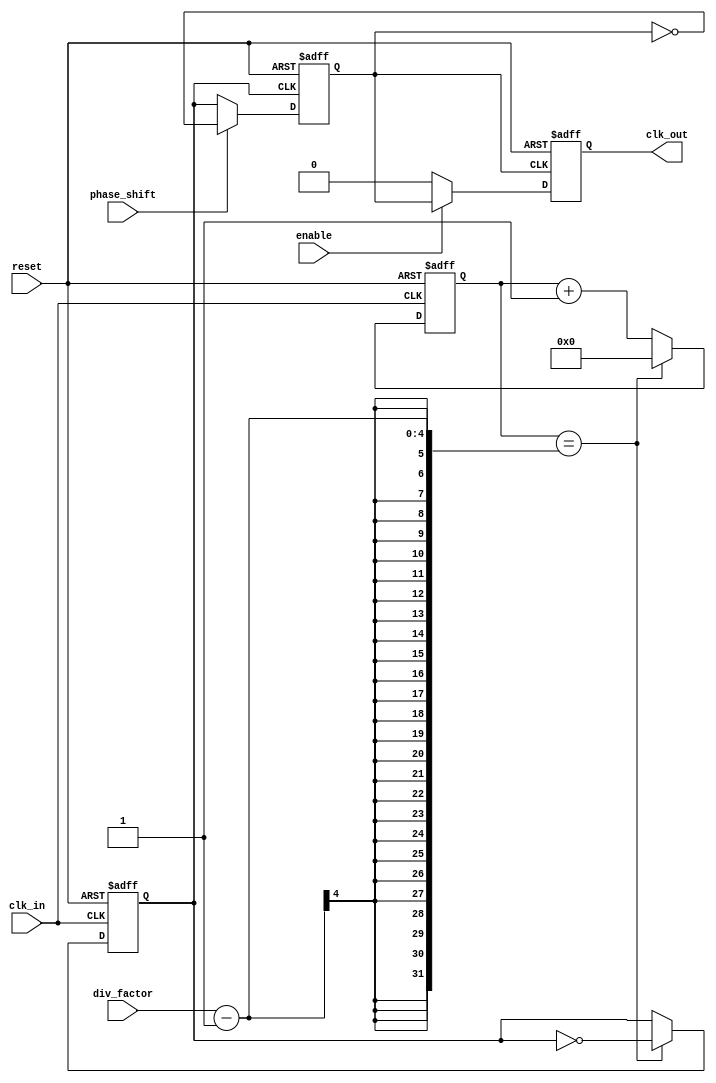
module ProgrammableClockBuffer (
    input wire clk_in,               // Input clock
    input wire reset,                // Asynchronous reset
    input wire [3:0] div_factor,     // Division factor (1 to 15)
    input wire phase_shift,          // Phase shift control (0 or 1)
    input wire enable,               // Enable control for the output
    output reg clk_out               // Output clock
);

    // Internal signals
    reg [3:0] counter;               // Counter for clock division
    reg clk_div;                     // Divided clock signal
    reg clk_phase;                   // Phase adjusted clock signal

    // Clock Division Logic
    always @(posedge clk_in or posedge reset) begin
        if (reset) begin
            counter <= 0;
            clk_div <= 0;
        end else begin
            if (counter == (div_factor - 1)) begin
                clk_div <= ~clk_div; // Toggle divided clock
                counter <= 0;        // Reset counter
            end else begin
                counter <= counter + 1; // Increment counter
            end
        end
    end

    // Phase Adjustment Logic
    always @(posedge clk_div or posedge reset) begin
        if (reset) begin
            clk_phase <= 0;
        end else if (phase_shift) begin
            clk_phase <= ~clk_phase; // Simple phase shift toggle
        end else begin
            clk_phase <= clk_div; // No phase shift
        end
    end

    // Output Driver Logic
    always @(posedge clk_phase or posedge reset) begin
        if (reset) begin
            clk_out <= 0;
        end else if (enable) begin
            clk_out <= clk_phase; // Drive output clock
        end else begin
            clk_out <= 0; // Disable output clock
        end
    end

endmodule